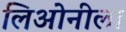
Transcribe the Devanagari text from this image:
लिओनीला